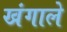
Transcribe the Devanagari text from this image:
खंगाले